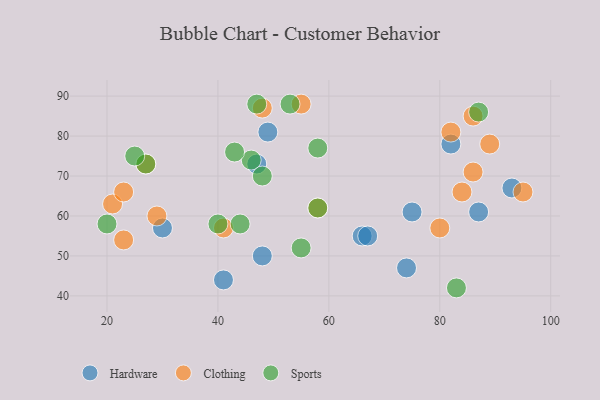
{"axis": {"x": "GDP", "y": "Life Expectancy"}, "legend": ["Clothing", "Hardware", "Sports"], "data": [{"x": "87", "y": 61, "type": "Hardware"}, {"x": "30", "y": 57, "type": "Hardware"}, {"x": "66", "y": 55, "type": "Hardware"}, {"x": "93", "y": 67, "type": "Hardware"}, {"x": "41", "y": 44, "type": "Hardware"}, {"x": "49", "y": 81, "type": "Hardware"}, {"x": "74", "y": 47, "type": "Hardware"}, {"x": "82", "y": 78, "type": "Hardware"}, {"x": "48", "y": 50, "type": "Hardware"}, {"x": "47", "y": 73, "type": "Hardware"}, {"x": "67", "y": 55, "type": "Hardware"}, {"x": "75", "y": 61, "type": "Hardware"}, {"x": "82", "y": 81, "type": "Clothing"}, {"x": "80", "y": 57, "type": "Clothing"}, {"x": "55", "y": 88, "type": "Clothing"}, {"x": "84", "y": 66, "type": "Clothing"}, {"x": "48", "y": 87, "type": "Clothing"}, {"x": "86", "y": 71, "type": "Clothing"}, {"x": "21", "y": 63, "type": "Clothing"}, {"x": "23", "y": 54, "type": "Clothing"}, {"x": "86", "y": 85, "type": "Clothing"}, {"x": "29", "y": 60, "type": "Clothing"}, {"x": "58", "y": 62, "type": "Clothing"}, {"x": "41", "y": 57, "type": "Clothing"}, {"x": "27", "y": 73, "type": "Clothing"}, {"x": "89", "y": 78, "type": "Clothing"}, {"x": "23", "y": 66, "type": "Clothing"}, {"x": "95", "y": 66, "type": "Clothing"}, {"x": "55", "y": 52, "type": "Sports"}, {"x": "44", "y": 58, "type": "Sports"}, {"x": "83", "y": 42, "type": "Sports"}, {"x": "53", "y": 88, "type": "Sports"}, {"x": "46", "y": 74, "type": "Sports"}, {"x": "40", "y": 58, "type": "Sports"}, {"x": "58", "y": 77, "type": "Sports"}, {"x": "20", "y": 58, "type": "Sports"}, {"x": "58", "y": 62, "type": "Sports"}, {"x": "27", "y": 73, "type": "Sports"}, {"x": "47", "y": 88, "type": "Sports"}, {"x": "43", "y": 76, "type": "Sports"}, {"x": "25", "y": 75, "type": "Sports"}, {"x": "48", "y": 70, "type": "Sports"}, {"x": "87", "y": 86, "type": "Sports"}]}